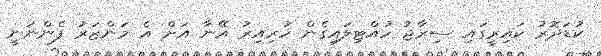
ކުޑަދޮރު ކައިރީގައި ސިރާޖު ހުއްޓިލައިގެން ހުރިއިރު އޭނާ އަށް އެ މަންޒަރު ފެންނަނީ